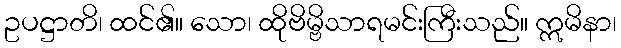
ဥပဋ္ဌာတိ၊ ထင်၏။ သော၊ ထိုဗိမ္ဗိသာရမင်းကြီးသည်။ ဣမိနာ၊